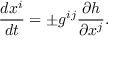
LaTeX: { \frac { d x ^ { i } } { d t } } = \pm g ^ { i j } { \frac { \partial h } { \partial x ^ { j } } } .